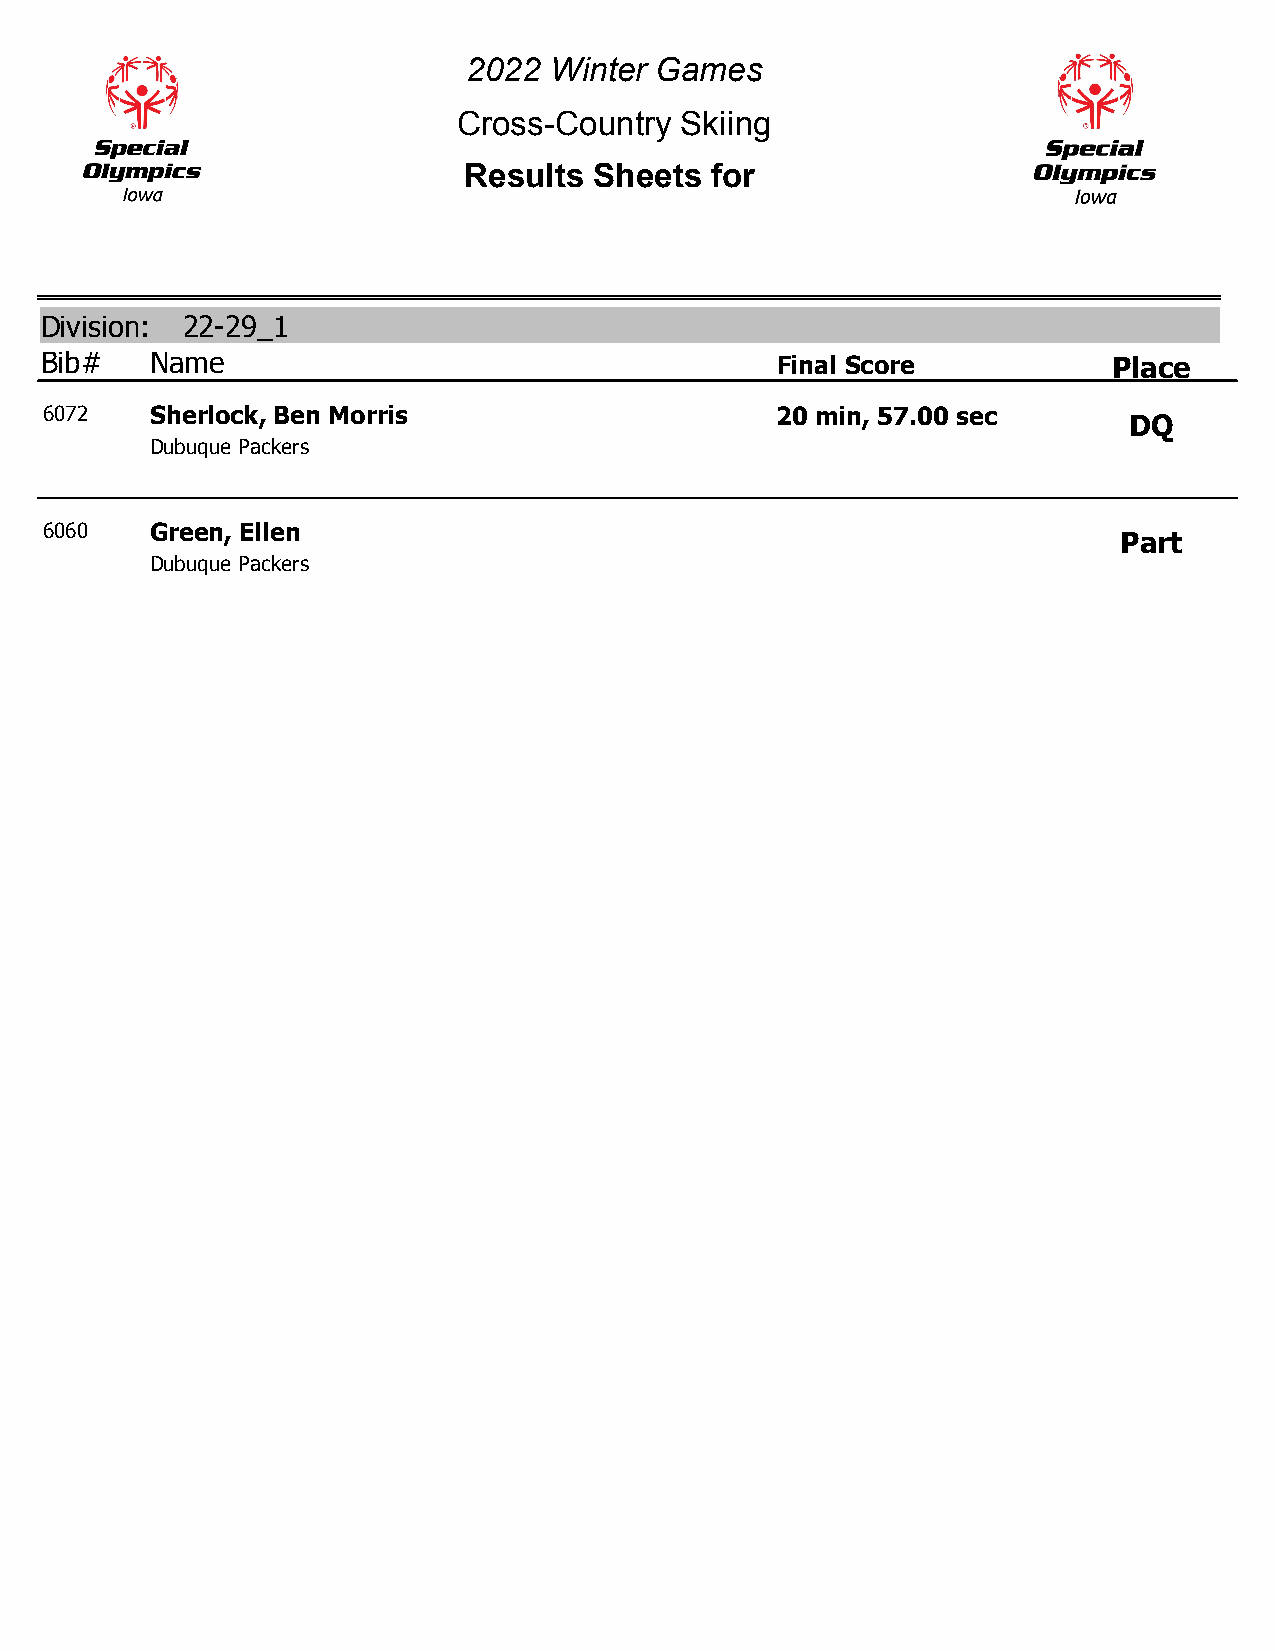
2022 Winter Games
 Cross-Country  Skiing
 Results Sheets  for
 Division: 22-29_1
 Bib#   Name                                     Final Score            Place
 6072   Sherlock, Ben Morris                     20 min, 57.00 sec
 DQ
 Dubuque Packers
 6060   Green, Ellen
 Part
 Dubuque Packers